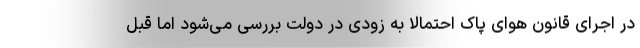
در اجرای قانون هوای پاک احتمالا به زودی در دولت بررسی می‌شود اما قبل